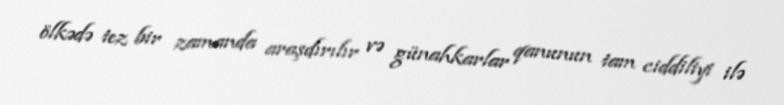
ölkədə tez bir zamanda araşdırılır və günahkarlar qanunun tam ciddiliyi ilə